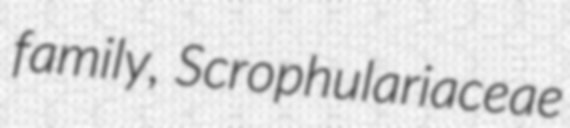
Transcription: family, Scrophulariaceae